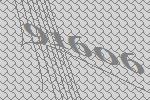
91606